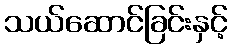
သယ်ဆောင်ခြင်းနှင့်